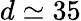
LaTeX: d\simeq 35